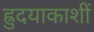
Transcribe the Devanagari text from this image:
ह्रुदयाकाशीं